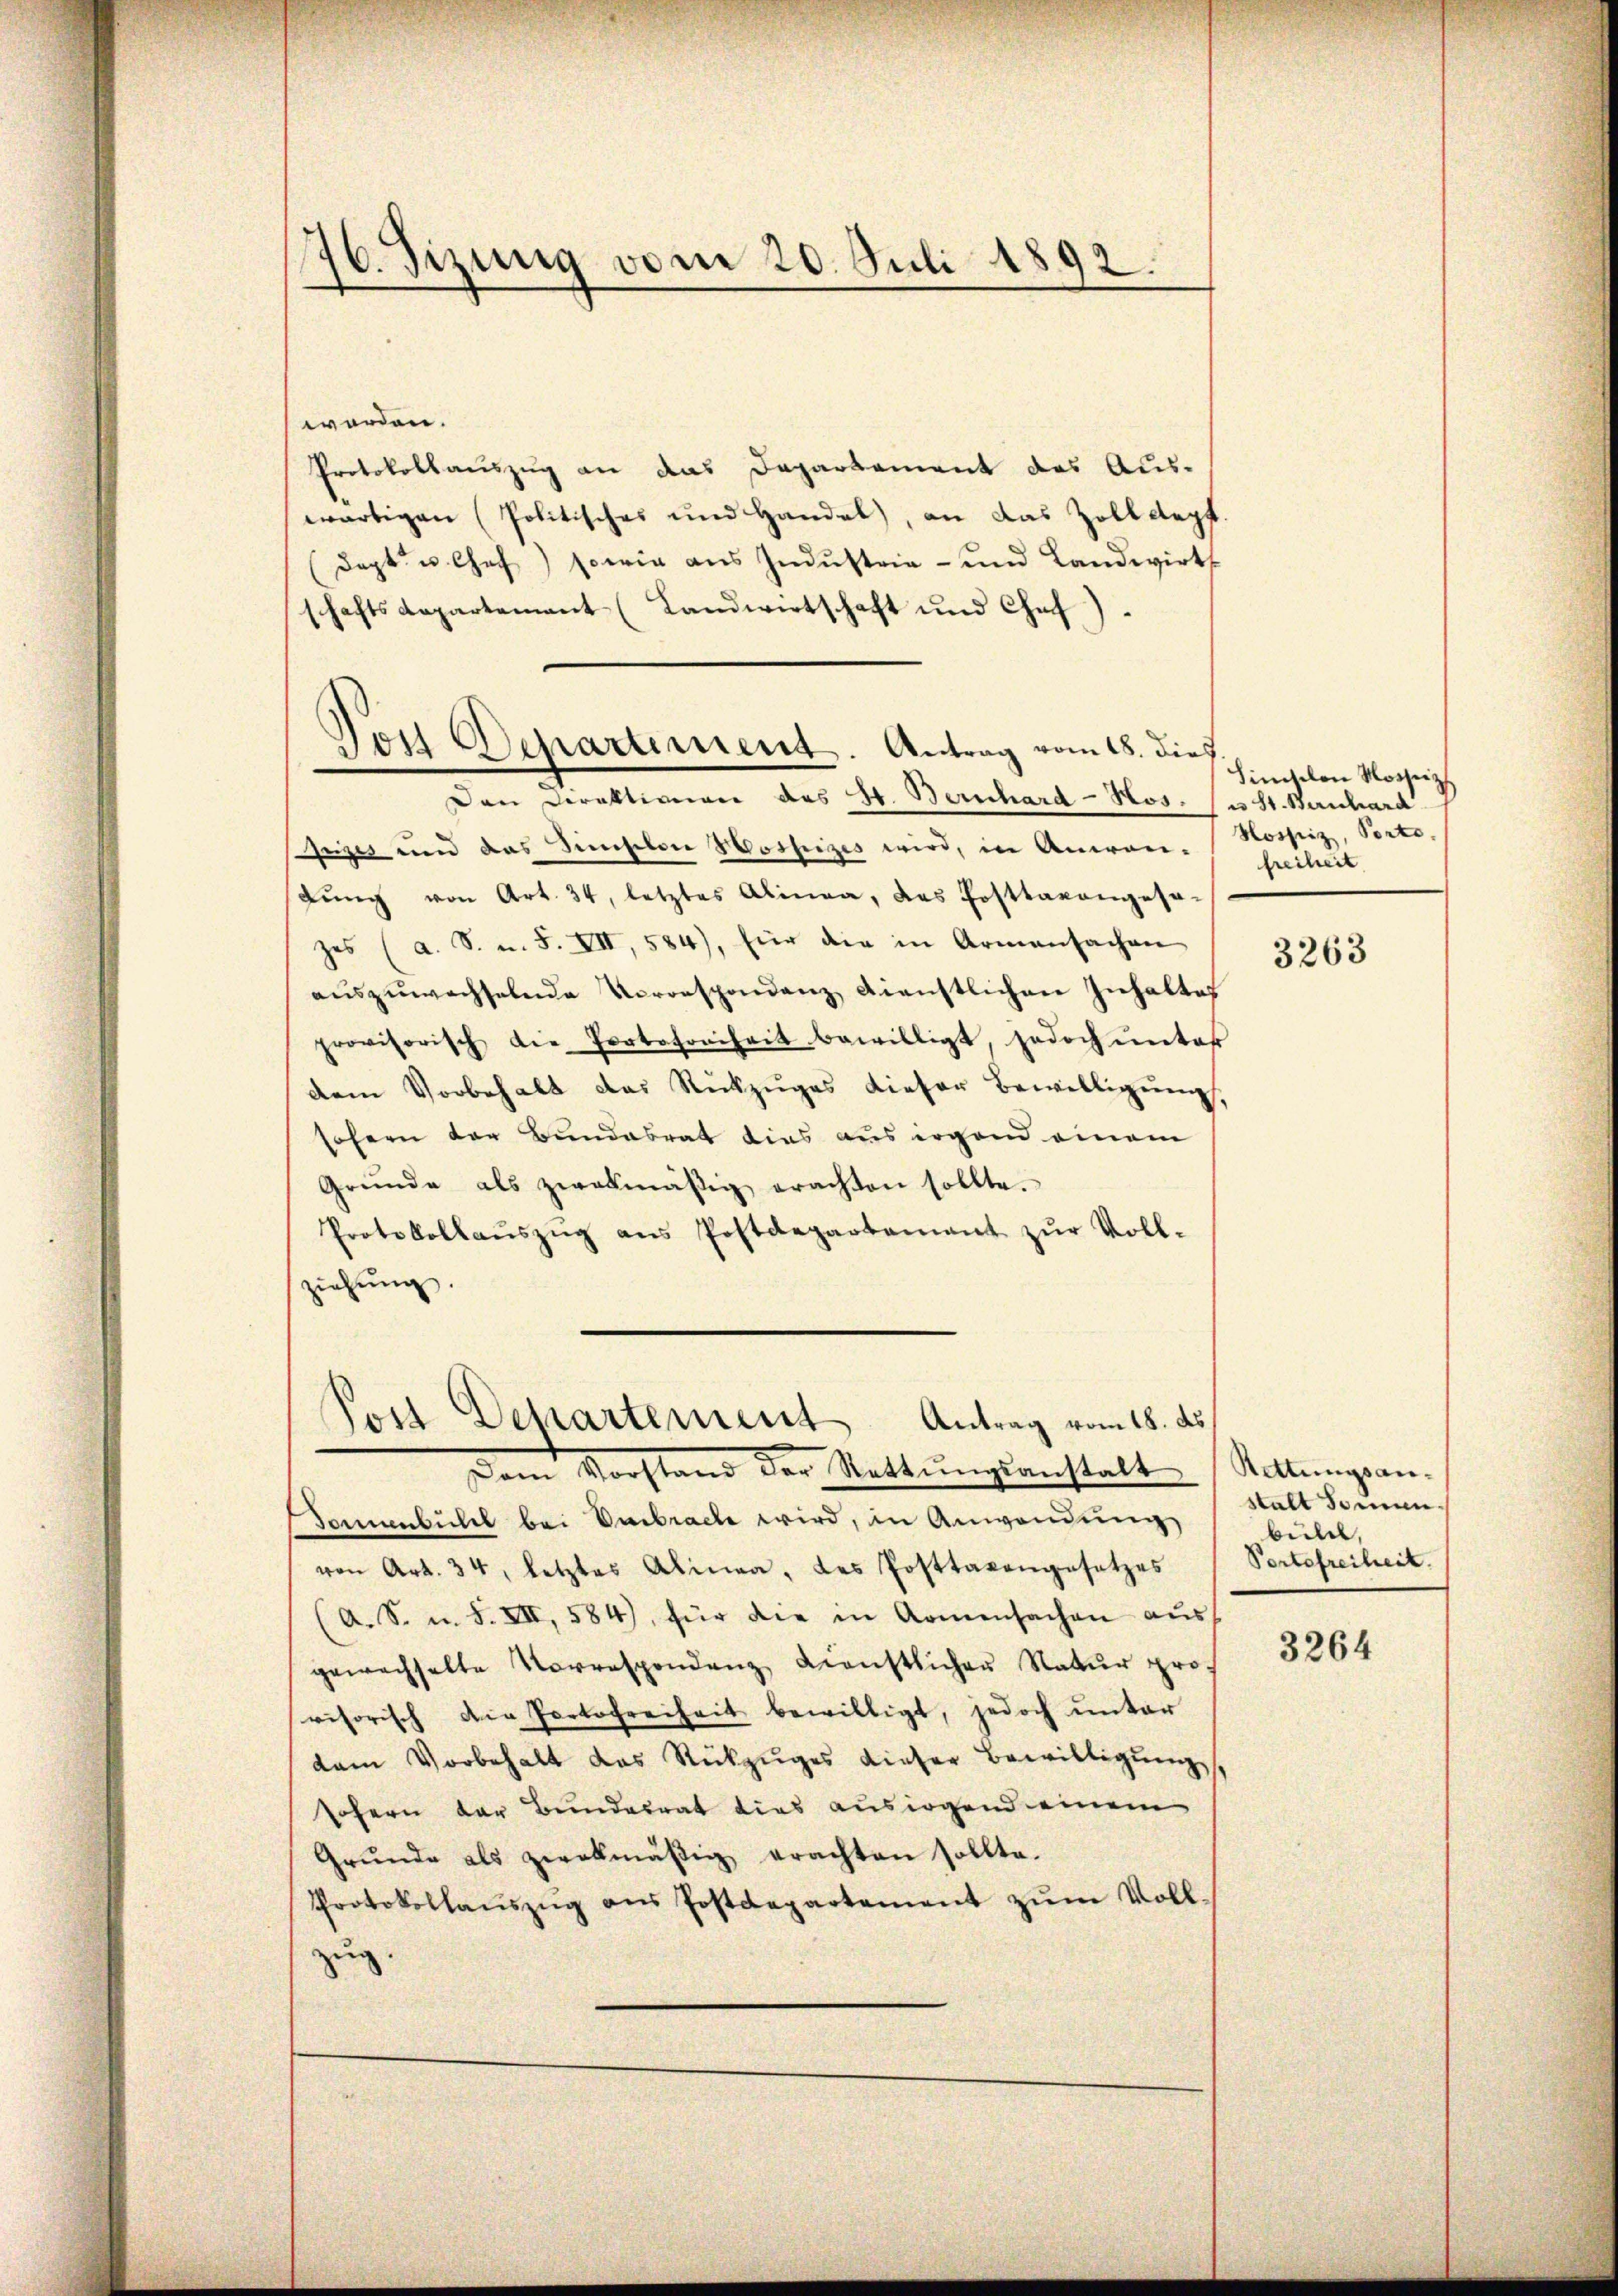
76. Sizung vom 20. Juli 1892.

werden.
Protokollauszug an das Departement des Auswärtigen (Politisches und Handel, an das Zolldept.
(dapt. u. Chef) sowie ans Indŭstrie- und Landwirts
haftsdepartement (Landwirtschaft und Chef)
Den Direktionen des 4. Bernhard-Hos. ist. Bernhard
Gizes und das Sincselon Hospizes wird, in Anwen-Nossiz, Porte.
gŭng von Art. 34, letztes Alinea, das Posttaxangesa-
hes (a. S. n. F. VII, 584), für die in Armensachen
aŭszŭwachselnde Veroespondenz dienstlichen Inhaltes
provisorisch die Portofreiheit bewilligt, jedoch ŭnter
dem Vorbehalt das Rückzŭges dieser Bewilligŭng
sofern der Bundesrat dies aus irgend einem
Gründe als zwekmäßig erachten sollte.
Protokollaŭszŭg ans Postdepartamant zŭr Voll-
ziehung.
Pi Departement Antrag vom 18. ds
Dem Vorstand der Rettŭngsanstalt Rettŭngsan-
Tonnenbühl bei Embrache wird, in Anwendung
von Art. 34, letztes Alinea, das Posttaxengesetzes
(A. S. u. S. XII, 584), für die in Armensachen aŭs
gewachselte Vorrespondenz dienstlichen Natur pro-
visorisch die Portofreiheit bewilligt, jedoch unter
dam Vorbehalt das Rückzŭges dieser Bewilligŭng,
sofern der Bundesrat dies ausirgend einem
Grŭnde als zwekmäβig erachten sollte.
Protokollaŭszŭg aŭs Postdepartement zŭm Voll-
zug.

Post Departement. Antrag vom 18. dies
e

Sintelen Rossez
freiheit

3263

stalt Sommen.
bule,
Portofreiheit.

3264